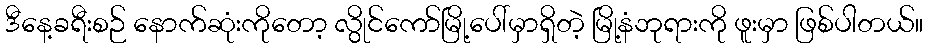
ဒီနေ့ခရီးစဉ် နောက်ဆုံးကိုတော့ လွိုင်ကော်မြို့ပေါ်မှာရှိတဲ့ မြို့နံဘုရားကို ဖူးမှာ ဖြစ်ပါတယ်။